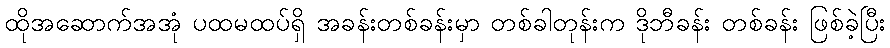
ထိုအဆောက်အအုံ ပထမထပ်ရှိ အခန်းတစ်ခန်းမှာ တစ်ခါတုန်းက ဒိုဘီခန်း တစ်ခန်း ဖြစ်ခဲ့ပြီး